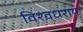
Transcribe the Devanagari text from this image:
विश्वधराय